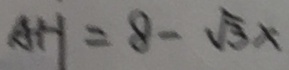
A H = 8 - \sqrt { 3 } x